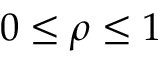
0 \leq \rho \leq 1